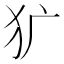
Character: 犷